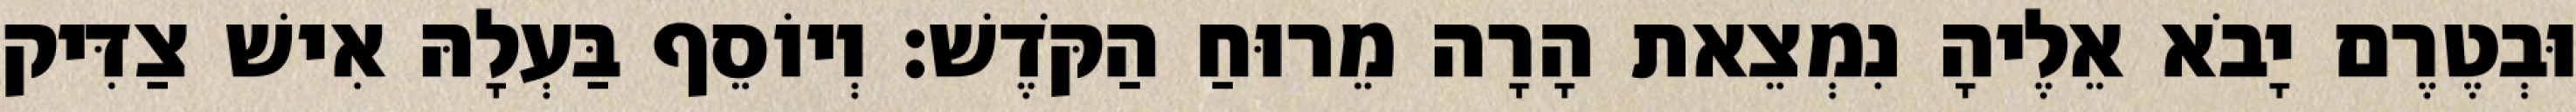
וּבְטֶרֶם יָבֹא אֵלֶיהָ נִמְצֵאת הָרָה מֵרוּחַ הַקֹּדֶשׁ׃ וְיוֹסֵף בַּעְלָהּ אִישׁ צַדִּיק